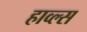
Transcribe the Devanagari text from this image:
हाव्ल्स